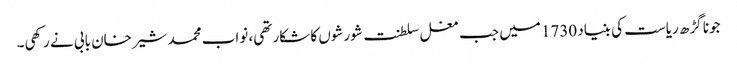
جونا گڑھ ریاست کی بنیاد 1730 میں جب مغل سلطنت شورشوں کا شکار تھی، نواب محمد شیرخان بابی نے رکھی۔